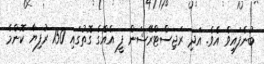
ބުނެފައިވެ އެވެ. އަދި ރަޖިސްޓްރޭޝަން ފީ އެއްގެ ގޮތުގައި 150 ރުފިޔާ ކޮންމެ